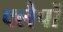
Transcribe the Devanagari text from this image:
फ्लैपों